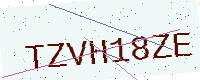
Text: TZVH18ZE